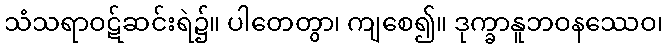
သံသရာဝဋ်ဆင်းရဲ၌။ ပါတေတွာ၊ ကျစေ၍။ ဒုက္ခာနူဘဝနဿေဝ၊